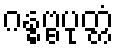
ဂန္ဓဗ္ဗပုတ္တံ